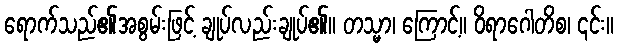
ရောက်သည်၏အစွမ်းဖြင့် ချုပ်လည်းချုပ်၏။ တသ္မာ၊ ကြောင့်။ ဝိရာဂေါတိစ၊ ၎င်း။